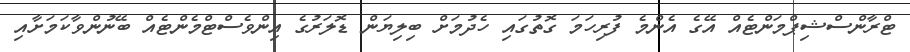
ޓްރާންސްޝިޕްމަންޓެއް އޭގެ އެންމެ ފުރިހަމަ ގޮތުގައި ހެދުމަށް ބިލިޔަން ޑޮލަރުގެ އިންވެސްޓްމެންޓެއް ބޭނުންވާކަމަށާއި